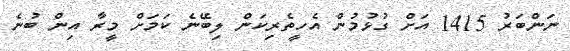
ނަންބަރު 1415 އަށް ގުޅުމުން އެހީތެރިކަން ލިބޭނެ ކަމަށް މީރާ އިން ބުނެ